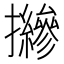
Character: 𢹨